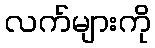
လက်များကို